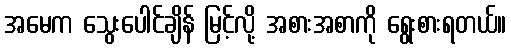
အမေက သွေးပေါင်ချိန် မြင့်လို့ အစားအစာကို ရွေးစားရတယ်။